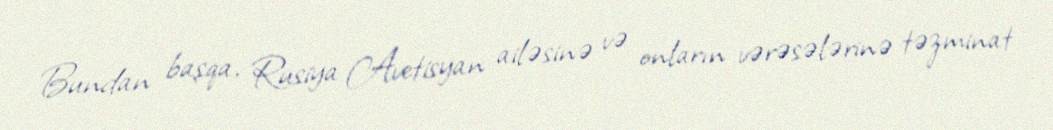
Bundan başqa, Rusiya Avetisyan ailəsinə və onların vərəsələrinə təzminat